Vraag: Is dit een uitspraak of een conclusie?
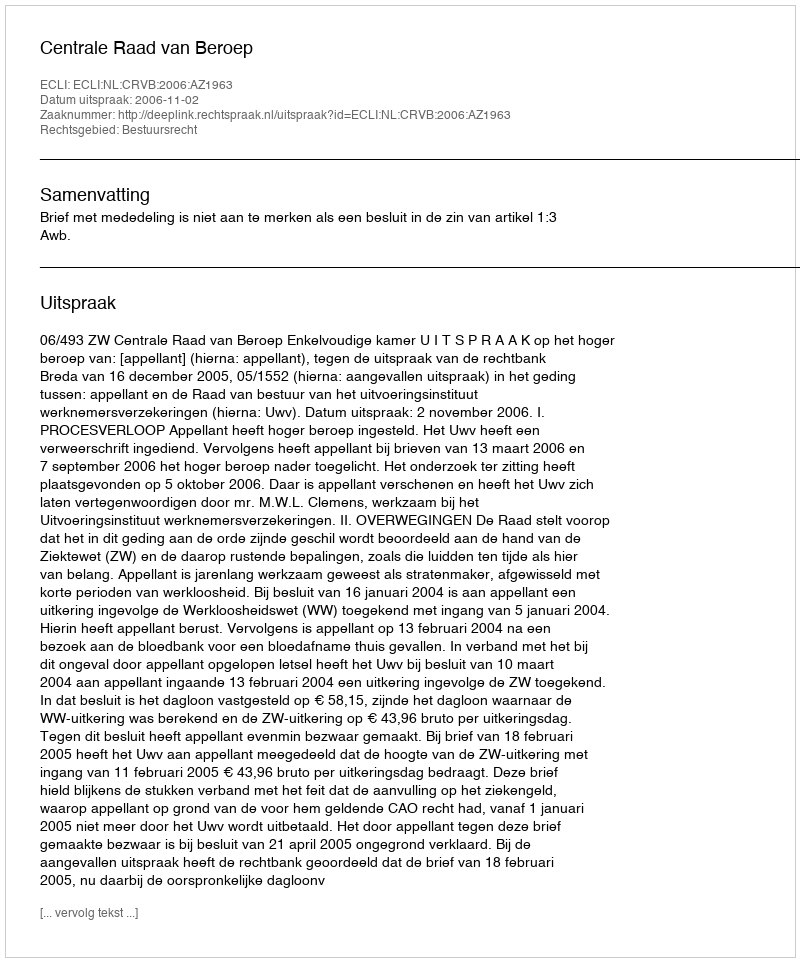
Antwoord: Uitspraak